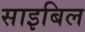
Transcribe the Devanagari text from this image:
साइबिल